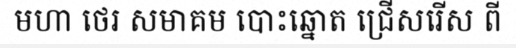
មហា ថេរ សមាគម បោះឆ្នោត ជ្រើសរើស ពី